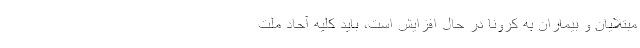
مبتلایان و بیماران به کرونا در حال افزایش است، باید کلیه آحاد ملت